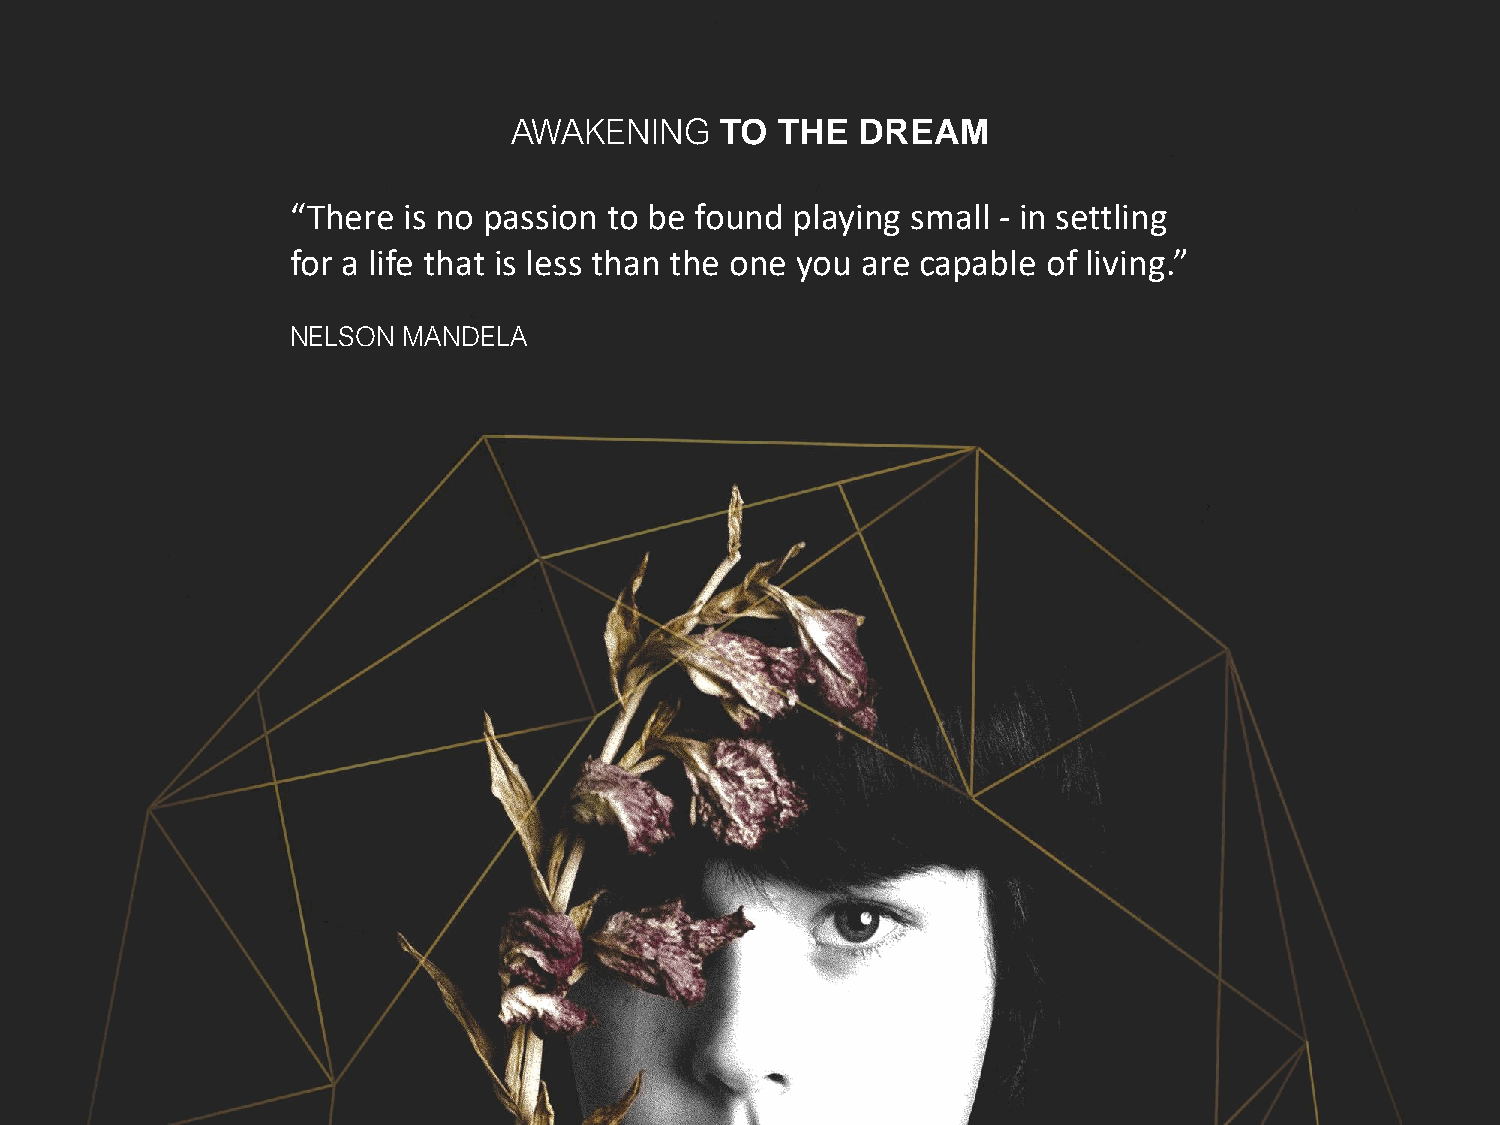
AWAKENING     TO  THE  DREAM
 “There  is no passion to be found playing small - in settling
 for a life that is less than the one you are capable of living.”
 NELSON  MANDELA